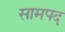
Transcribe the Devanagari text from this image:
सामपद